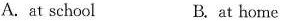
A. at school B. at home